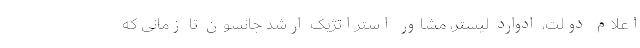
اعلام دولت، ادوارد لیستر، مشاور استراتژیک ارشد جانسون تا زمانی که